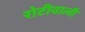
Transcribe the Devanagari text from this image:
रोटीवाली